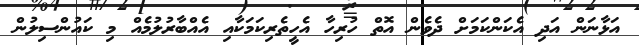
އަޅާނަން އަދި އެކަންކަމަށް ދެވެން އޮތް ހުރިހާ އެހީތެރިކަމަކާއި އެއްބާރުލުމެއް މި ކައުންސިލުން